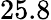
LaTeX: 25.8